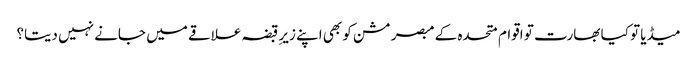
میڈیا تو کیا بھارت تو اقوام متحدہ کے مبصر مشن کو بھی اپنے زیرِ قبضہ علاقے میں جانے نہیں دیتا؟